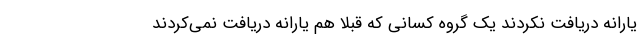
یارانه دریافت نکردند یک گروه کسانی که قبلا هم یارانه دریافت نمی‌کردند